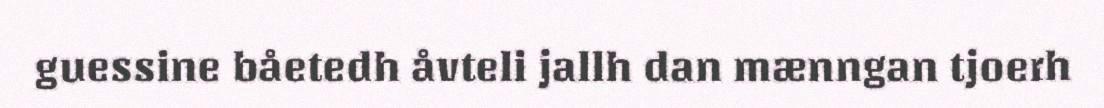
guessine båetedh åvteli jallh dan mænngan tjoerh